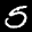
Label: 5